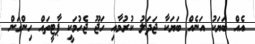
އެއް ބަޔަކު އަނެއް ބަޔަކާ ޖަދަލު ކުރުމާއި ހަޖޫ ޖެހުމަކީ ޕާޓީތައް ހިންގަން